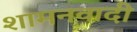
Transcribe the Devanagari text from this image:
शामनवादी